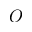
\cal { O }